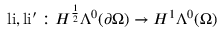
\mathrm { l i } , \mathrm { l i } ^ { \prime } : H ^ { \frac { 1 } { 2 } } \Lambda ^ { 0 } ( \partial \Omega ) \to H ^ { 1 } \Lambda ^ { 0 } ( \Omega )